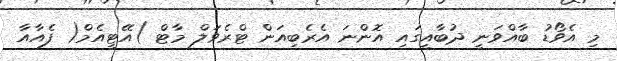
މި އެވޯޑު ބާއްވަނީ ދުބާއީގައި އޮންނަ އެރެބިއަން ޓްރެވަލް މާޓް )އޭޓީއެމް( ފެއާއާ